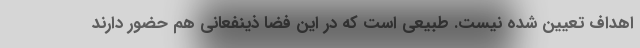
اهداف تعیین شده نیست. طبیعی است که در این فضا ذینفعانی هم حضور دارند